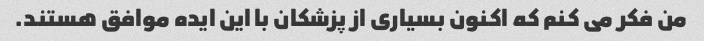
من فکر می کنم که اکنون بسیاری از پزشکان با این ایده موافق هستند.